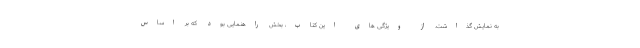
به نمایش گذاشت. از ویژگی های این کتاب، بخش راهنمایی بود که بر اساس